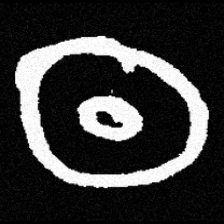
Pyu character \u2014 Myanmar letter: ထ (romanized: tha)